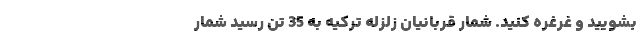
بشویید و غرغره کنید. شمار قربانیان زلزله ترکیه به 35 تن رسید شمار